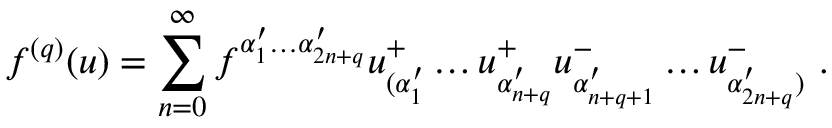
f ^ { ( q ) } ( u ) = \sum _ { n = 0 } ^ { \infty } f ^ { \alpha _ { 1 } ^ { \prime } \ldots \alpha _ { 2 n + q } ^ { \prime } } u _ { ( \alpha _ { 1 } ^ { \prime } } ^ { + } \ldots u _ { \alpha _ { n + q } ^ { \prime } } ^ { + } u _ { \alpha _ { n + q + 1 } ^ { \prime } } ^ { - } \ldots u _ { \alpha _ { 2 n + q } ^ { \prime } ) } ^ { - } \ .